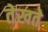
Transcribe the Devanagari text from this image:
तेखते